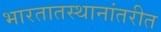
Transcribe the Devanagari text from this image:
भारतातस्थानांतरीत